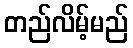
တည်လိမ့်မည်